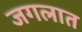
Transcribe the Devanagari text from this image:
जगलात